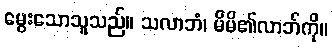
မွေးသောသူသည်။ သလာဘံ၊ မိမိ၏လာဘ်ကို။